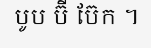
បូប ប៊ី ប៊ែក ។